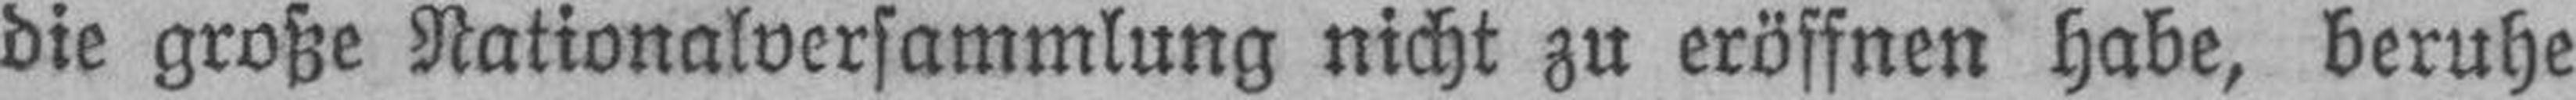
die große Nationalversammlung nicht zu eröffnen habe, beruhe